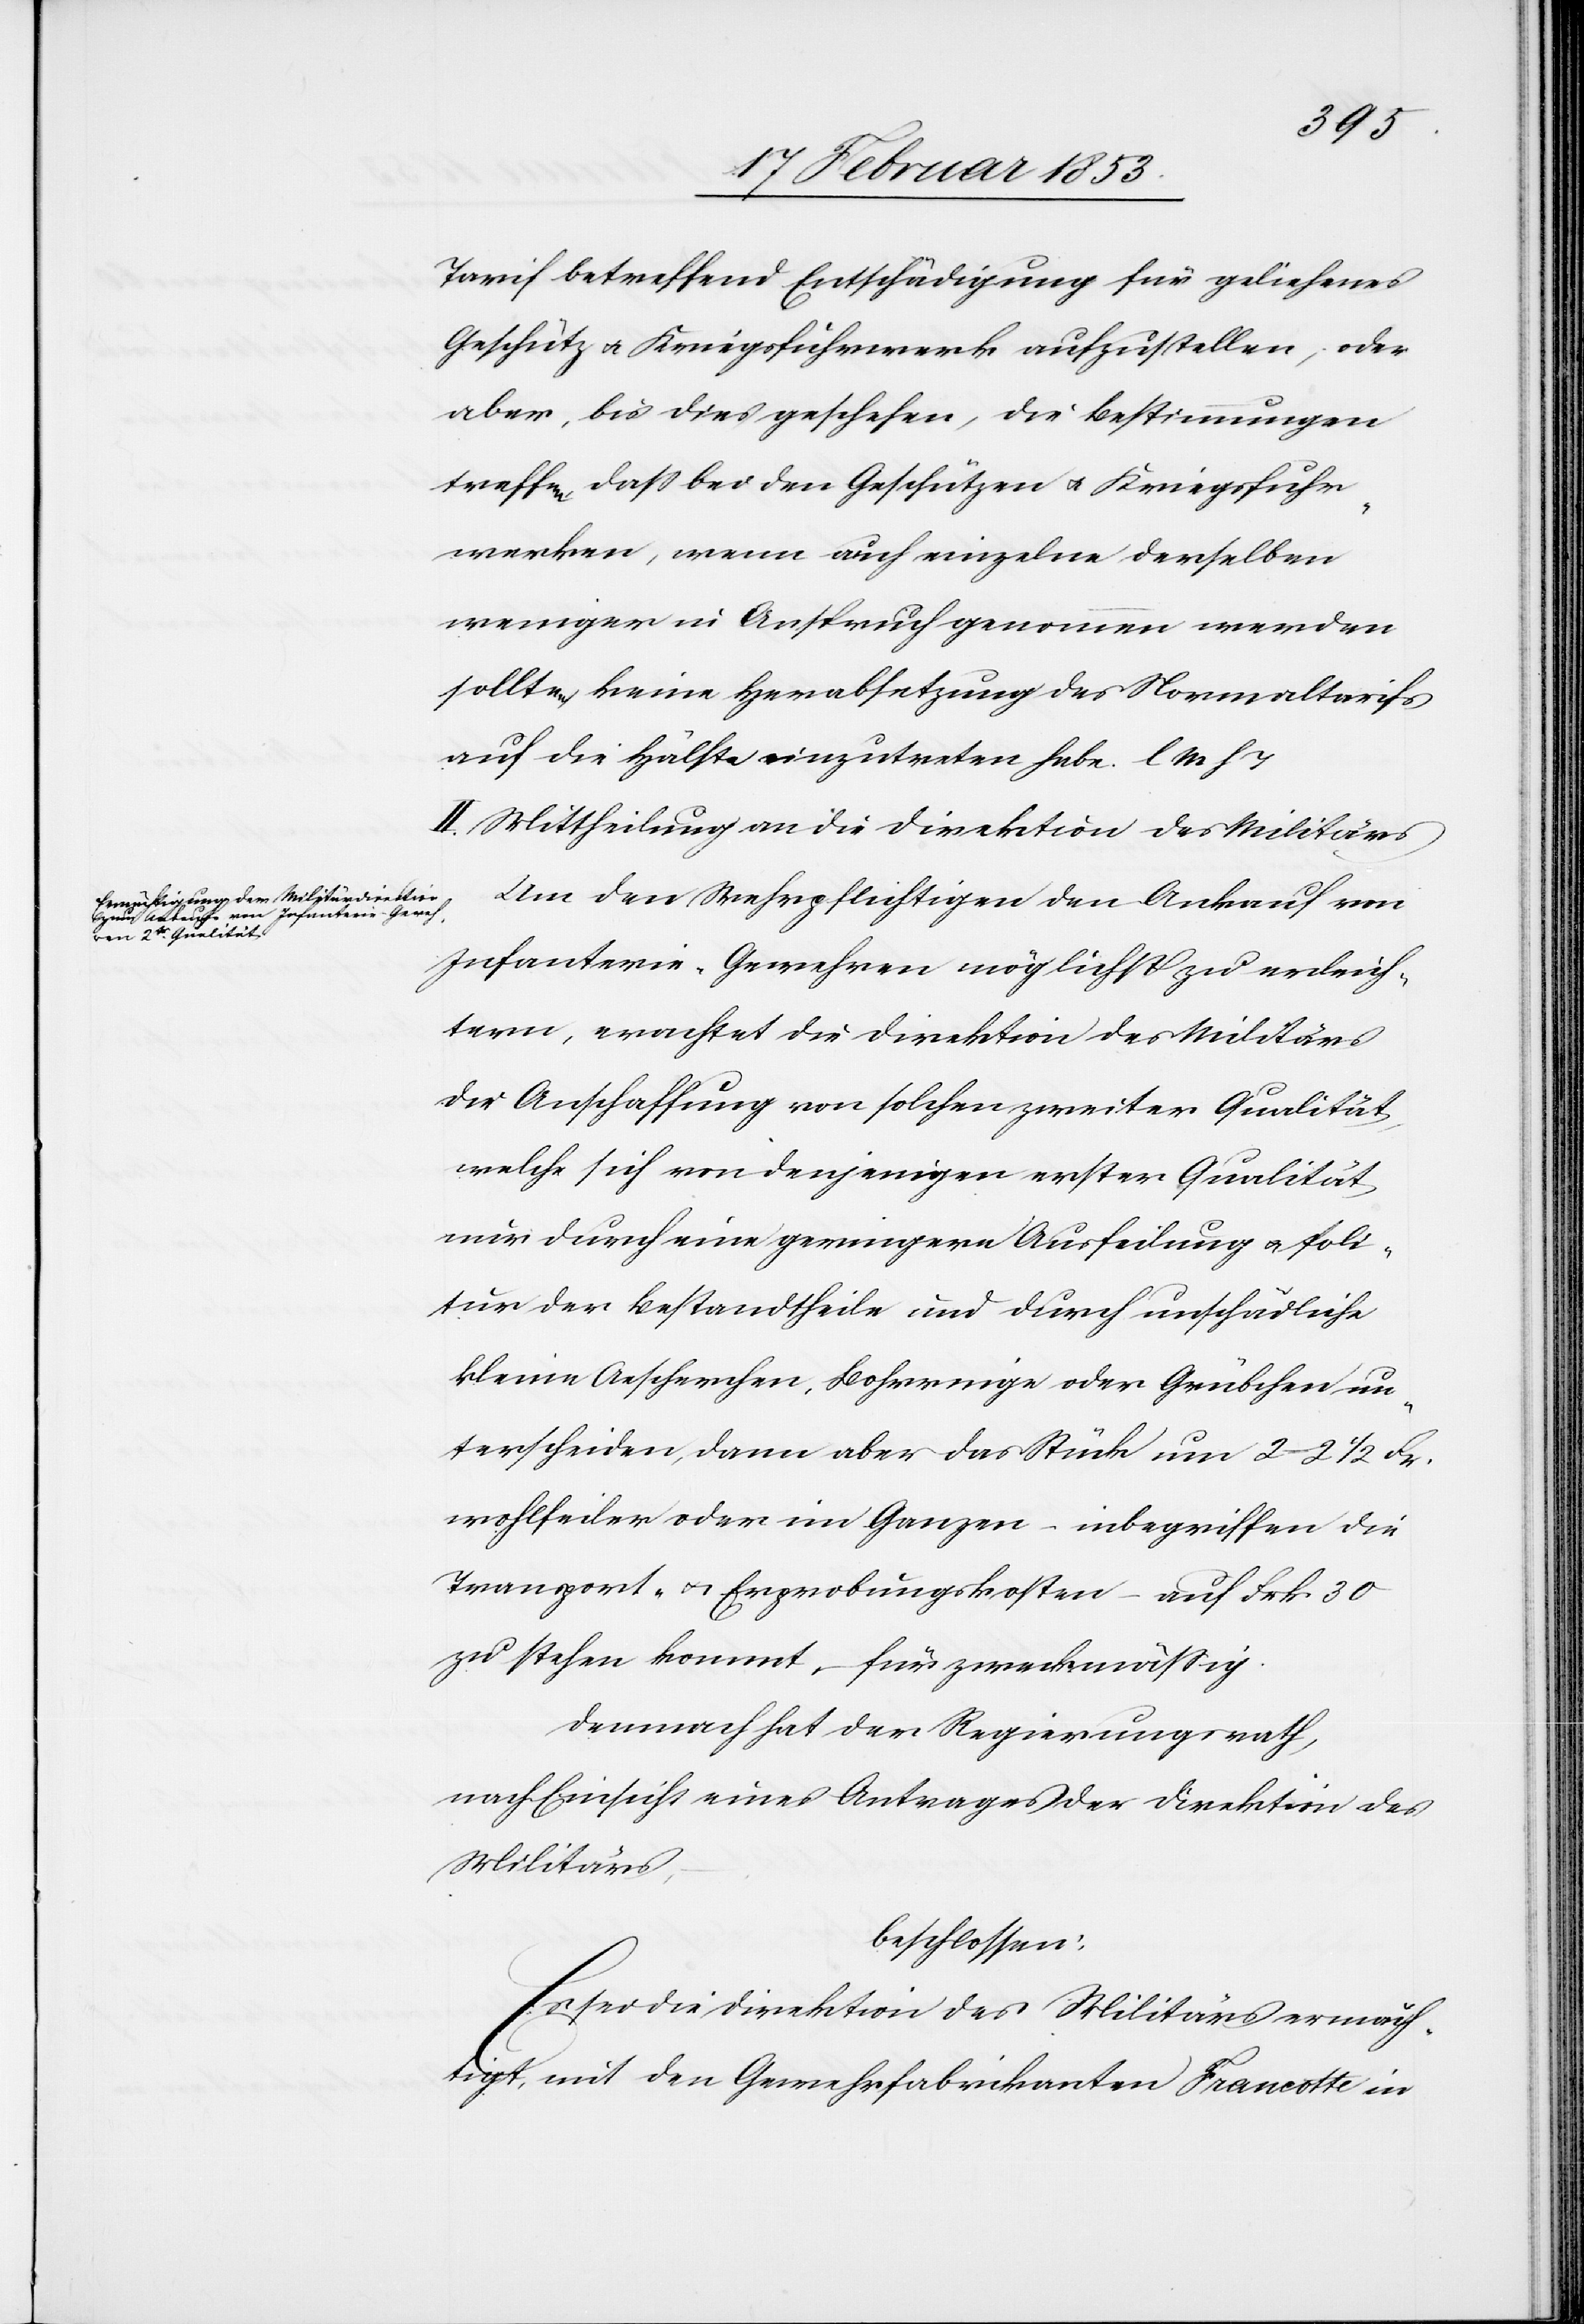
Tarif betreffend Entschädigung für geliehenes
Geschütz u. Kriegsfuhrwerk aufzustellen, oder
aber, bis dies geschehen, die Bestimmungen
treffen, daß bei den Geschützen u. Kriegsfuhr¬
werken, wenn auch einzelne derselben
weniger in Anspruch genommen werden
sollten, keine Herabsetzung des Normaltarifs
auf die Hälfte einzutreten habe. l. M. h.
II. Mittheilung an die Direktion des Militärs.
Um den Wehrpflichtigen den Ankauf von
Infanterie-Gewehren möglichst zu erleich¬
tern, erachtet die Direktion des Militärs
die Anschaffung von solchen zweiter Qualität,
welche sich von denjenigen erster Qualität,
nur durch eine geringere Ausfeilung u. Poli¬
tur der Bestandtheile und durch unschädliche
kleine Aescherchen, Bohrringe oder Grübchen un¬
terscheiden, dann aber das Stück um 2–2 1/2 Fr.
wohlfeiler oder im Ganzen – inbegriffen die
Transport- u. Erprobungskosten – auf Frk 30
zu stehen kommt, für zweckmäßig.
Demnach hat der Regierungsrath,
nach Einsicht eines Antrages der Direktion des
Militärs,
beschlossen:
Es sei die Direktion des Militärs ermäch¬
tigt, mit den Gewehrfabrikanten Franeotte in